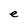
Character: e